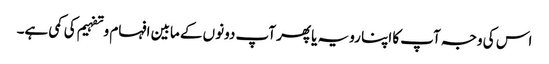
اس کی وجہ آپ کا اپنا رویہ یا پھر آپ دونوں کے مابین افہام و تفہیم کی کمی ہے۔